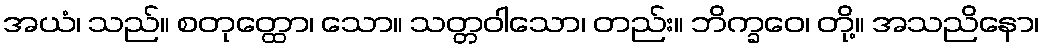
အယံ၊ သည်။ စတုတ္ထော၊ သော။ သတ္တဝါသော၊ တည်း။ ဘိက္ခဝေ၊ တို့။ အသညိနော၊